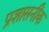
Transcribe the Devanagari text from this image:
प्रशासनीक